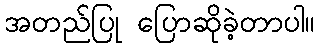
အတည်ပြု ပြောဆိုခဲ့တာပါ။